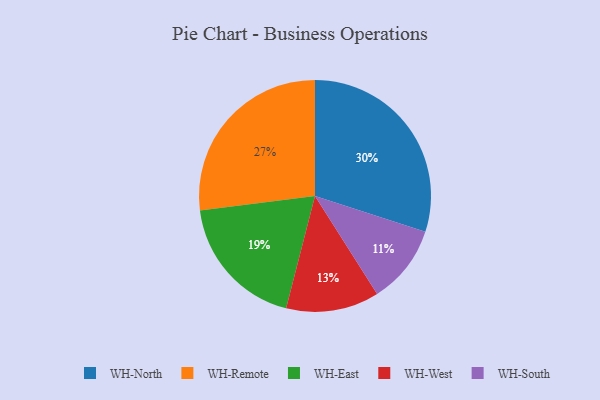
{"axis": {"x": "Category", "y": "Percentage"}, "legend": ["WH-East", "WH-North", "WH-Remote", "WH-South", "WH-West"], "data": [{"x": "WH-East", "y": 19, "type": "WH-East"}, {"x": "WH-West", "y": 13, "type": "WH-West"}, {"x": "WH-North", "y": 30, "type": "WH-North"}, {"x": "WH-Remote", "y": 27, "type": "WH-Remote"}, {"x": "WH-South", "y": 11, "type": "WH-South"}]}